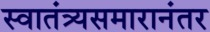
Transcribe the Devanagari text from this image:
स्वातंत्र्यसमारानंतर